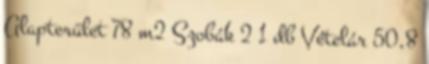
Alapterület 78 m2 Szobák 2 1 db Vételár 50,8